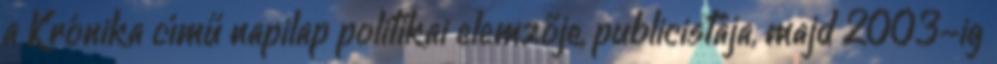
a Krónika című napilap politikai elemzője, publicistája, majd 2003-ig